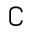
\complement